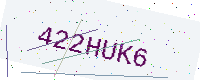
Text: 422HUK6